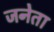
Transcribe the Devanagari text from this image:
जनेता